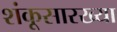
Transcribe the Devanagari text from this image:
शंकूसारख्या